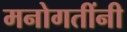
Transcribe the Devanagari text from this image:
मनोगतींनी